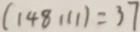
( 1 4 8 1 1 1 ) = 3 7